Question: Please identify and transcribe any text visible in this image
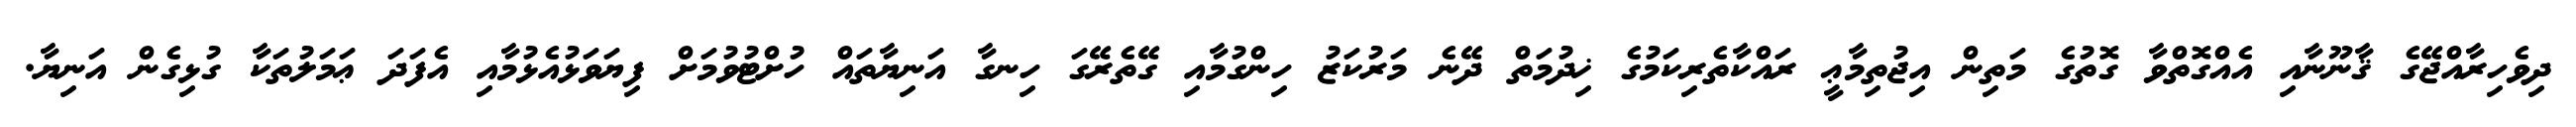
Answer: ދިވެހިރާއްޖޭގެ ޤާނޫނާއި އެއްގޮތްވާ ގޮތުގެ މަތިން އިޖުތިމާޢީ ރައްކާތެރިކަމުގެ ޚިދުމަތް ދޭނެ މަރުކަޒު ހިންގުމާއި ގޭތެރޭގަ ހިނގާ އަނިޔާތައް ހުށްޓުވުމަށް ފިޔަވަޅުއެޅުމާއި އެފަދަ ޢަމަލުތަކާ ގުޅިގެން އަނިޔާ.